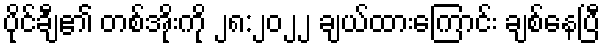
ပိုင်ချီ၏ တစ်အိုးကို ၂၈:၂၀၂၂ ချယ်ထားကြောင်း ချစ်နေပြီ